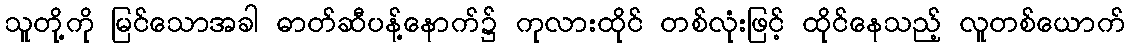
သူတို့ကို မြင်သောအခါ ဓာတ်ဆီပန့်နောက်၌ ကုလားထိုင် တစ်လုံးဖြင့် ထိုင်နေသည့် လူတစ်ယောက်